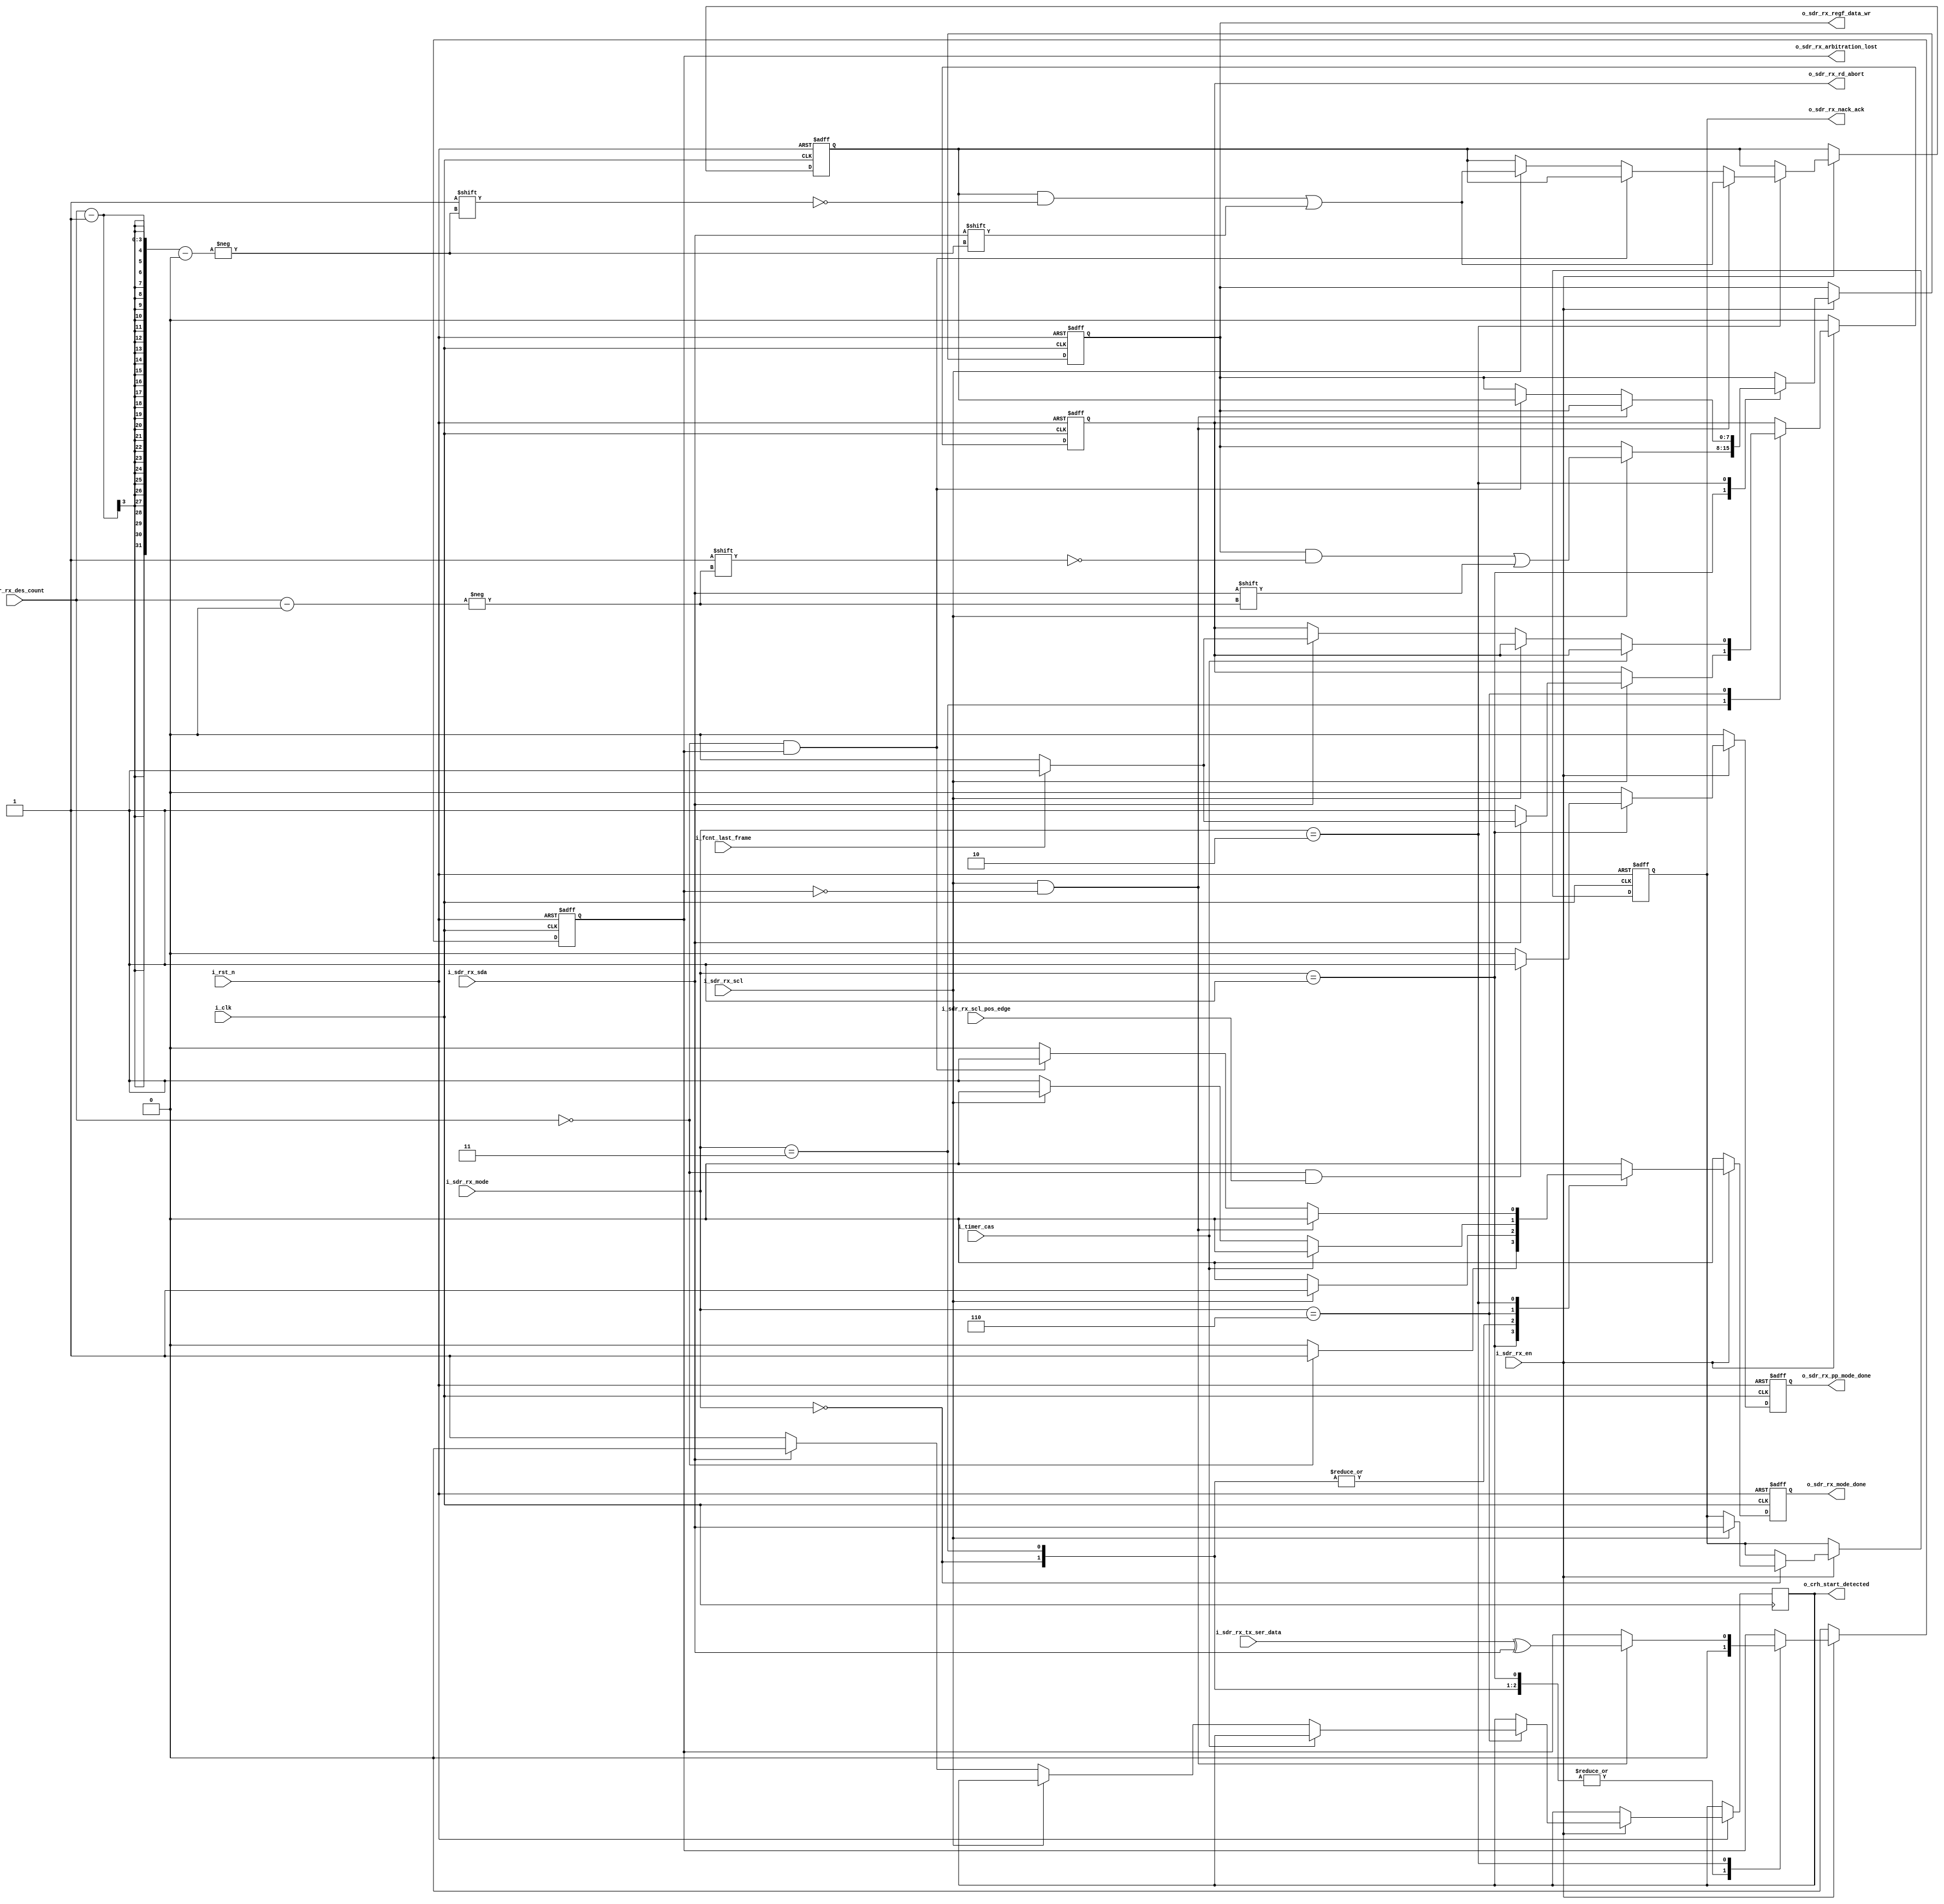
//////////////////////////////////////////////////////////////////////////////////
//==================================================================================
// MIXEL GP 2023 LIBRARY
// Copyright (c) 2023 Mixel, Inc.  All Rights Reserved.
// CONFIDENTIAL AND PROPRIETARY SOFTWARE/DATA OF MIXEL and ASU 2023 GP, INC.
//
// Revision: Nour Eldeen Samir , Mostafa Hassan >>
//         -- Added reg file autput signal
//         -- removed demuxing as no need (only one bus will write in the reg file)
//         -- removed valid signal reg (delay) as it will synch with data
//
// Version : 2.0
//
// Design Name:  Controller Rx
// Module Name:  controller_rx
//
//==================================================================================
//
//  STATEMENT OF USE
//
//  This information contains confidential and proprietary information of MIXEL.
//  No part of this information may be reproduced, transmitted, transcribed,
//  stored in a retrieval system, or translated into any human or computer
//  language, in any form or by any means, electronic, mechanical, magnetic,
//  optical, chemical, manual, or otherwise, without the prior written permission
//  of MIXEL.  This information was prepared for Garduation Project purpose and is for
//  use by MIXEL Engineers only.  MIXEL and ASU 2023 GP reserves the right
//  to make changes in the information at any time and without notice.
//
//==================================================================================
//////////////////////////////////////////////////////////////////////////////////

`default_nettype none
module controller_rx(
    input   wire           i_clk                  , // system clk
    input   wire           i_rst_n                , // system reset
    input   wire           i_sdr_rx_scl           , // scl bus input from scl_generation
    input   wire           i_sdr_rx_en            , // rx block enable from sdr_controller
    input   wire           i_sdr_rx_sda           , // sda bus input from sda_handling
    input   wire  [2:0]    i_sdr_rx_des_count     , // bit count input from bits_counter
    input   wire  [2:0]    i_sdr_rx_mode          , // rx mode input 0 >> deser, 1 >> Tbit
    input   wire           i_fcnt_last_frame      , // last frame flag from frame_counter
	  input   wire           i_timer_cas            , //added by mostafa
	  input   wire           i_sdr_rx_scl_pos_edge  , //added by mostafa
    //output  reg            o_sdr_rx_valid       , // flag for ready valid parallel data
    input   wire           i_sdr_rx_tx_ser_data     ,
 	  output  reg            o_crh_start_detected    ,
    output  reg            o_sdr_rx_nack_ack      , // Ack output for the sdr_controller
    output  reg            o_sdr_rx_rd_abort      , // T_bit 0 >> abort reading , T_bit 1 >> check i_fcnt_last_frame
    output  reg   [7:0]    o_sdr_rx_regf_data_wr  , // receiver parallel data output to reg file
    output  reg            o_sdr_rx_mode_done     , // rx block done flag
    output  reg            o_sdr_rx_pp_mode_done,
    //output  reg            last_bit_flag  ,
    output  wire           o_sdr_rx_arbitration_lost
    );



reg [7:0] arbitrated_adress ;

reg sdr_rx_arbitration_lost ;
assign o_sdr_rx_arbitration_lost = sdr_rx_arbitration_lost ;

//-- i_ser_mode parameters --------------------------------------------------

localparam ACK             = 3'b000 ; // 0
localparam DESERIALIZING   = 3'b001 ; // 1
localparam T_BIT           = 3'b011 ; // 3
localparam ARBITRATION     = 3'b010 ; // 2
localparam CHECK_FOR_START = 3'b110 ; // 6


//-- reciever --------------------------------------------------

always @(posedge i_clk or negedge i_rst_n)
  begin : proc_deserializer
    if(!i_rst_n)
      begin
        o_sdr_rx_nack_ack            <=  1'b1 ;
        o_sdr_rx_rd_abort            <=  1'b0 ;
        o_sdr_rx_mode_done           <=  1'b0 ;
        o_sdr_rx_pp_mode_done <= 1'b0 ;
        o_sdr_rx_regf_data_wr        <=  8'b0 ;
        sdr_rx_arbitration_lost   <=  1'b0 ;
        arbitrated_adress <='b0;

      end
    else if (i_sdr_rx_en)
      begin
        o_sdr_rx_mode_done <=  1'b0 ;
        o_sdr_rx_pp_mode_done <= 1'b0 ;
        case (i_sdr_rx_mode)
          ACK           : begin // NEED TO BE REDONE

                            o_sdr_rx_mode_done <=  1'b0 ;
                            o_sdr_rx_pp_mode_done <= 1'b0 ;
                            sdr_rx_arbitration_lost <=1'b0;
                            // missing 
                            if (i_sdr_rx_scl)
                              begin
                                o_sdr_rx_nack_ack  <= i_sdr_rx_sda ; // 1sda >> nack , 0sda >> ack
                                o_sdr_rx_mode_done <= 1'b1         ;
                              end
                          end

          DESERIALIZING : begin
                            o_sdr_rx_mode_done <=  1'b0 ;
                            o_sdr_rx_pp_mode_done <= 1'b0 ;
                            //last_bit_flag      <=  1'b0 ;
                            sdr_rx_arbitration_lost <=1'b0;

                            if (i_sdr_rx_scl)
                              begin
                                o_sdr_rx_regf_data_wr[i_sdr_rx_des_count] <= i_sdr_rx_sda ;
                              end
                            /*if(&i_sdr_rx_des_count && )
                              begin
                                last_bit_flag <= 1'b1 ;
                              end */

                            if (!i_sdr_rx_des_count && i_sdr_rx_scl_pos_edge )
                              begin
                                //last_bit_flag <= 1'b1 ;
                                o_sdr_rx_pp_mode_done <=  1'b1 ;
                              end

                            if (!i_sdr_rx_des_count )
                              begin
                                o_sdr_rx_mode_done <=  1'b1 ;
                              end

                          end

                    T_BIT : begin

                            o_sdr_rx_mode_done <=  1'b0 ;
                            o_sdr_rx_pp_mode_done <= 1'b0 ;
                            sdr_rx_arbitration_lost <=1'b0;

                            if (i_sdr_rx_scl)
                              begin
                                if (!i_sdr_rx_sda)
                                  begin
                                    o_sdr_rx_rd_abort  <=  1'b1 ;
                                    o_sdr_rx_mode_done <=  1'b1 ;
                                  end
                                else
                                  begin
                                    if (i_fcnt_last_frame)
                                      begin
                                        o_sdr_rx_rd_abort  <=  1'b1 ;
                                        o_sdr_rx_mode_done <=  1'b1 ;
                                      end
                                    else
                                      begin
                                        o_sdr_rx_rd_abort  <=  1'b0 ;
                                        o_sdr_rx_mode_done <=  1'b1 ;
                                      end
                                  end
                              end
                          end

              CHECK_FOR_START : begin                                
                            o_sdr_rx_mode_done <=  1'b0 ;
                            o_sdr_rx_pp_mode_done <= 1'b0 ;
                            if (!i_timer_cas)
                              begin
                                if(!i_sdr_rx_scl) //added by mostafa
								                  begin
                                    if (!i_sdr_rx_sda)
                                      begin
 								                        o_crh_start_detected <= 1'b1 ; //added by mostafa
                                        o_sdr_rx_mode_done <=  1'b1 ;
                                      end
                                    else
                                      begin
									                      o_crh_start_detected <= 1'b0 ; //added by mostafa
									                      o_sdr_rx_mode_done <=  1'b1 ;
                                        if (i_fcnt_last_frame)
                                          begin
                                            o_sdr_rx_rd_abort  <=  1'b1 ;
                                            //o_sdr_rx_mode_done <=  1'b1 ;
                                          end
                                        else
                                          begin
                                            o_sdr_rx_rd_abort  <=  1'b0 ;
                                            //o_sdr_rx_mode_done <=  1'b1 ;
                                          end
                                      end
                                  end
                                end
								               else //added by mostafa
								                 begin
								                   o_sdr_rx_mode_done <=  1'b0 ;
								                 end
                          end

            ARBITRATION    : begin           // 2024 note : should be treated as idle state 

                                if ( i_sdr_rx_scl && !sdr_rx_arbitration_lost)
                                   begin
                                      sdr_rx_arbitration_lost <= i_sdr_rx_tx_ser_data^i_sdr_rx_sda;  // 1 if they arent the same
                                      arbitrated_adress [i_sdr_rx_des_count-1] <= i_sdr_rx_sda ;
                                    end
                                 else if ( (i_sdr_rx_des_count=='b0) && sdr_rx_arbitration_lost)
                                    begin
                                      o_sdr_rx_regf_data_wr <= arbitrated_adress ;
                                      o_sdr_rx_mode_done <=  1'b1 ;
                                   end
                                else if (i_sdr_rx_scl)
                                   begin
                                      arbitrated_adress [i_sdr_rx_des_count-1] <= i_sdr_rx_sda ;
                                    end
                             end
        endcase
      end
    else
      begin
        o_sdr_rx_rd_abort <= 1'b0 ;
        sdr_rx_arbitration_lost <= 1'b0 ;
        o_sdr_rx_mode_done <=  1'b0 ;
        o_sdr_rx_pp_mode_done <=  1'b0 ;
      end
  end

endmodule
`default_nettype wire